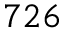
_ { 7 2 6 }